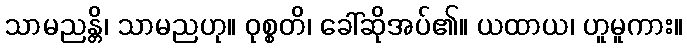
သာမညန္တိ၊ သာမညဟု။ ဝုစ္စတိ၊ ခေါ်ဆိုအပ်၏။ ယထာယ၊ ဟူမူကား။